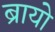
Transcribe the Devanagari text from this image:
ब्रायो